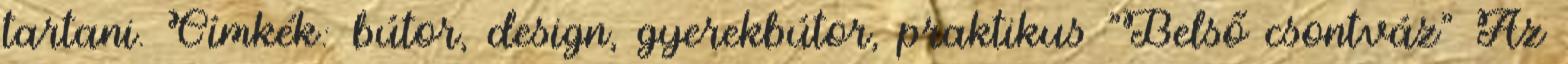
tartani. Címkék: bútor, design, gyerekbútor, praktikus "Belső csontváz" Az